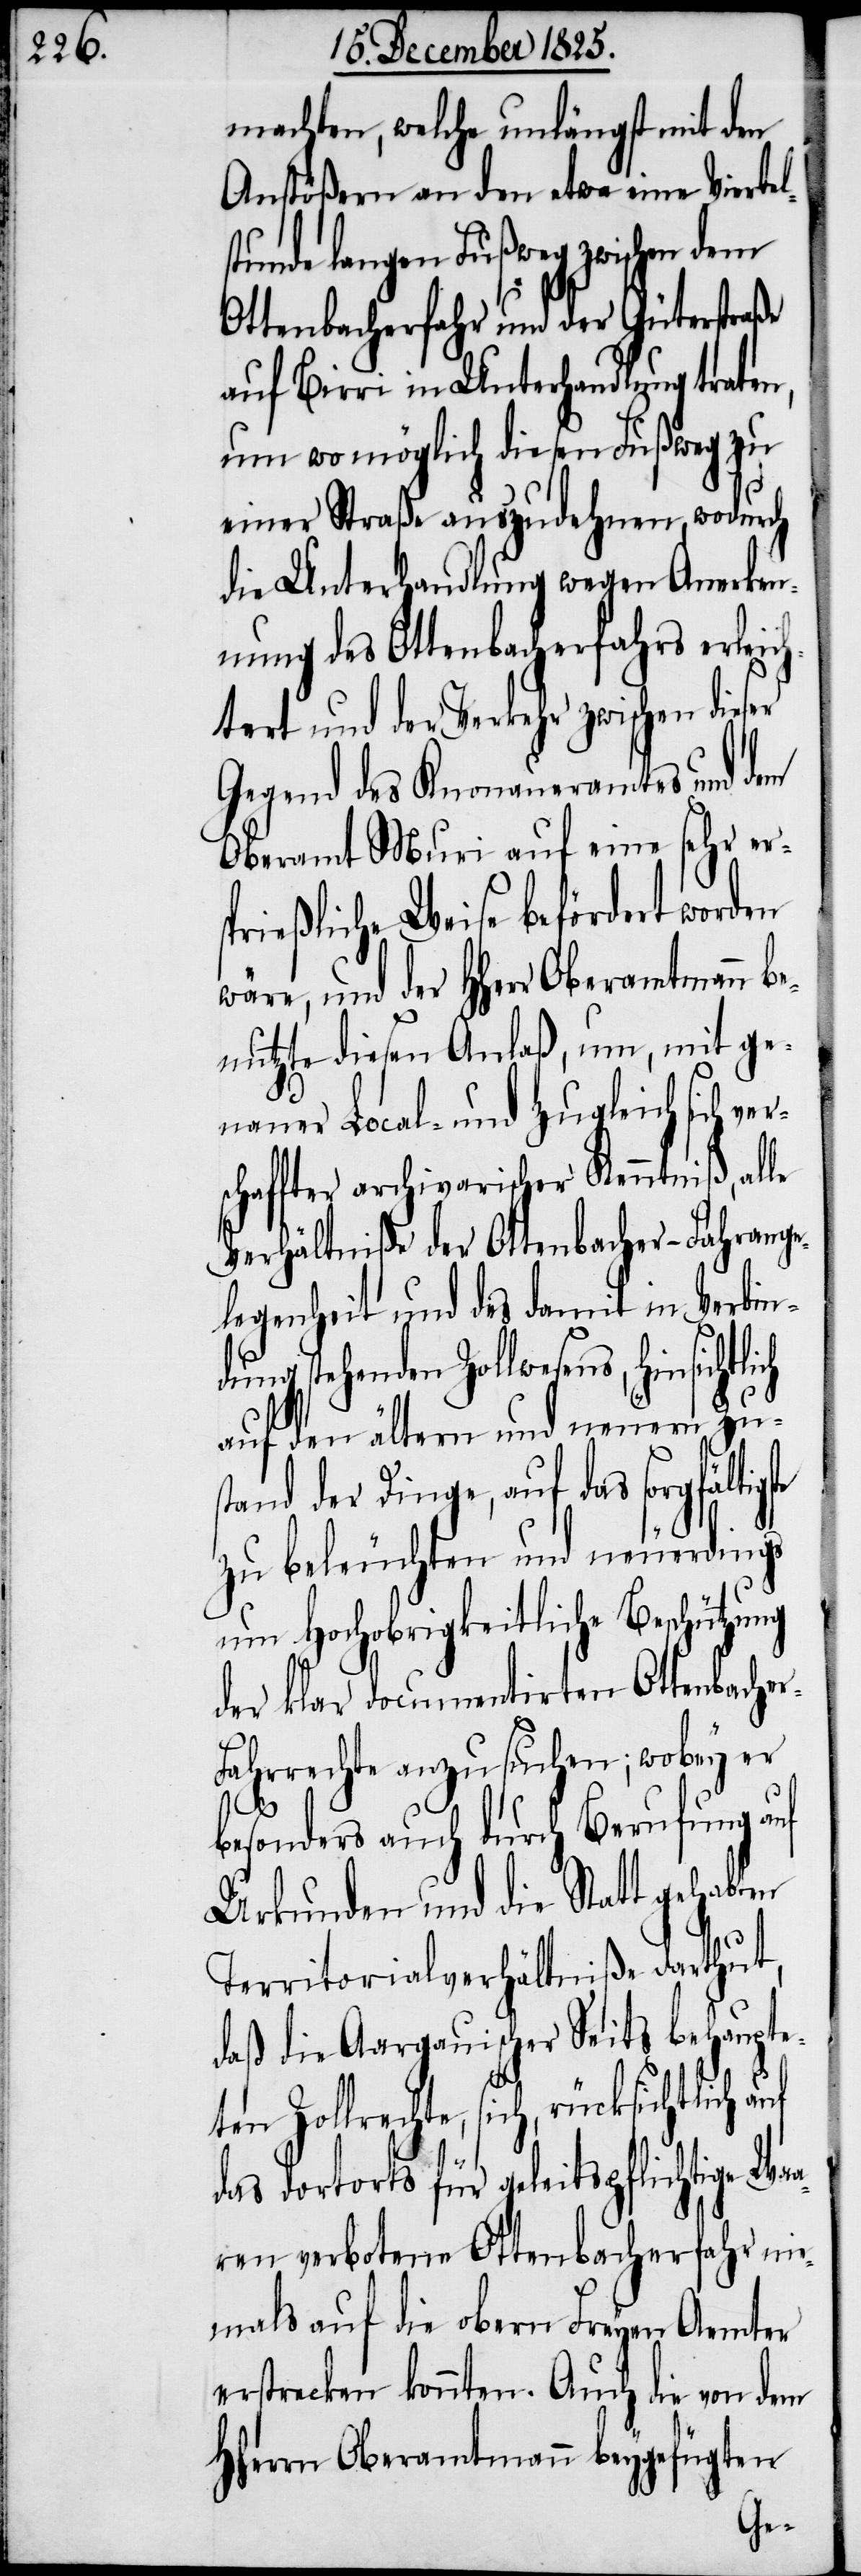
machten, welche unlängst mit den
Anstößern an den etwa eine Viertel¬
stunde langen Fußweg zwischen dem
Ottenbacherfahr und der Güterstraße
auf Birri in Unterhandlung traten,
um wo möglich diesen Fußweg zu
einer Straße auszudehnen, wodurch
die Unterhandlung wegen Anmerkun¬
gen des Ottenbacherfahrs erleich¬
tert und der Verkehr zwischen die¬
Gegend des Knonaueramtes und dem
Oberamt Muri auf eine sehr ers¬
prießliche Weise befördert worden
wäre, und der HHerr Oberamtmann be¬
nutzte diesen Anlaß, um, mit ge¬
nauer Local- und zugleich sich ve¬
schaffter archivarischer Kenntniß, alle
Verhältniße der Ottenbacher-Fahrange¬
legenheit und des damit in Verbind¬
ung stehenden Zollwesens, hinsicht¬
auf den ältern und neuern Zus¬
tand der Dinge, auf das sorgfältig¬
zu beleuchten und neuerdings
um Hochobrigkeitliche Beschützung
der klar documentierten Ottenbache¬
ahrrechte anzusuchen; wobey er
r-F¬
besonders auch durch Berufung auf
Urkunden und die Statt gehabten
Territorialverhältniße darthut,
daß die Aargauischer Seits behaupte¬
ten Zollrechte, sich, rücksichtlich
das dortorts für geleitspflichtige Wa¬
aren verbotene Ottenbacherfahr nie¬
mals auf die obern Freyen Aemter
erstrecken konnten. Auch die von dem
HHerrn Oberamtmann beygefügten